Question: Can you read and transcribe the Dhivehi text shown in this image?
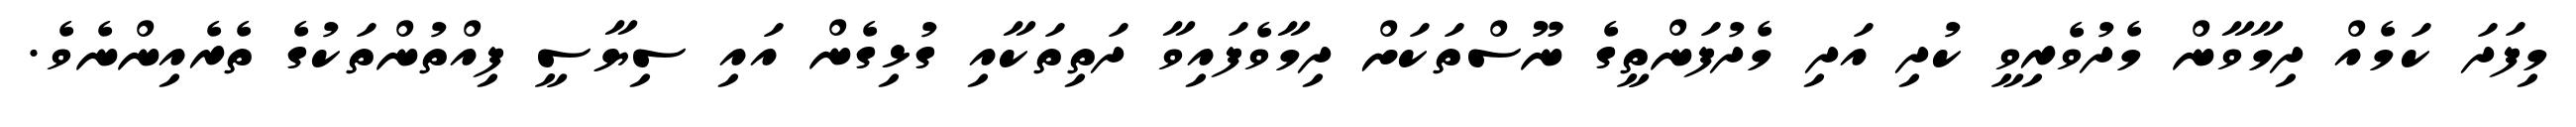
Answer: މިފަދަ ކަމެއް ދިމާވާން މެދުވެރިވީ ކުދި އަދި މެދުފަންތީގެ ނޫސްތަކަށް ދިމާވެފައިވާ ދަތިތަކާއި ގުޅިގެން އައި ސިޔާސީ ފިއްތުންތަކުގެ ތެރެއިންނެވެ.